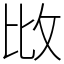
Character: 𢻹